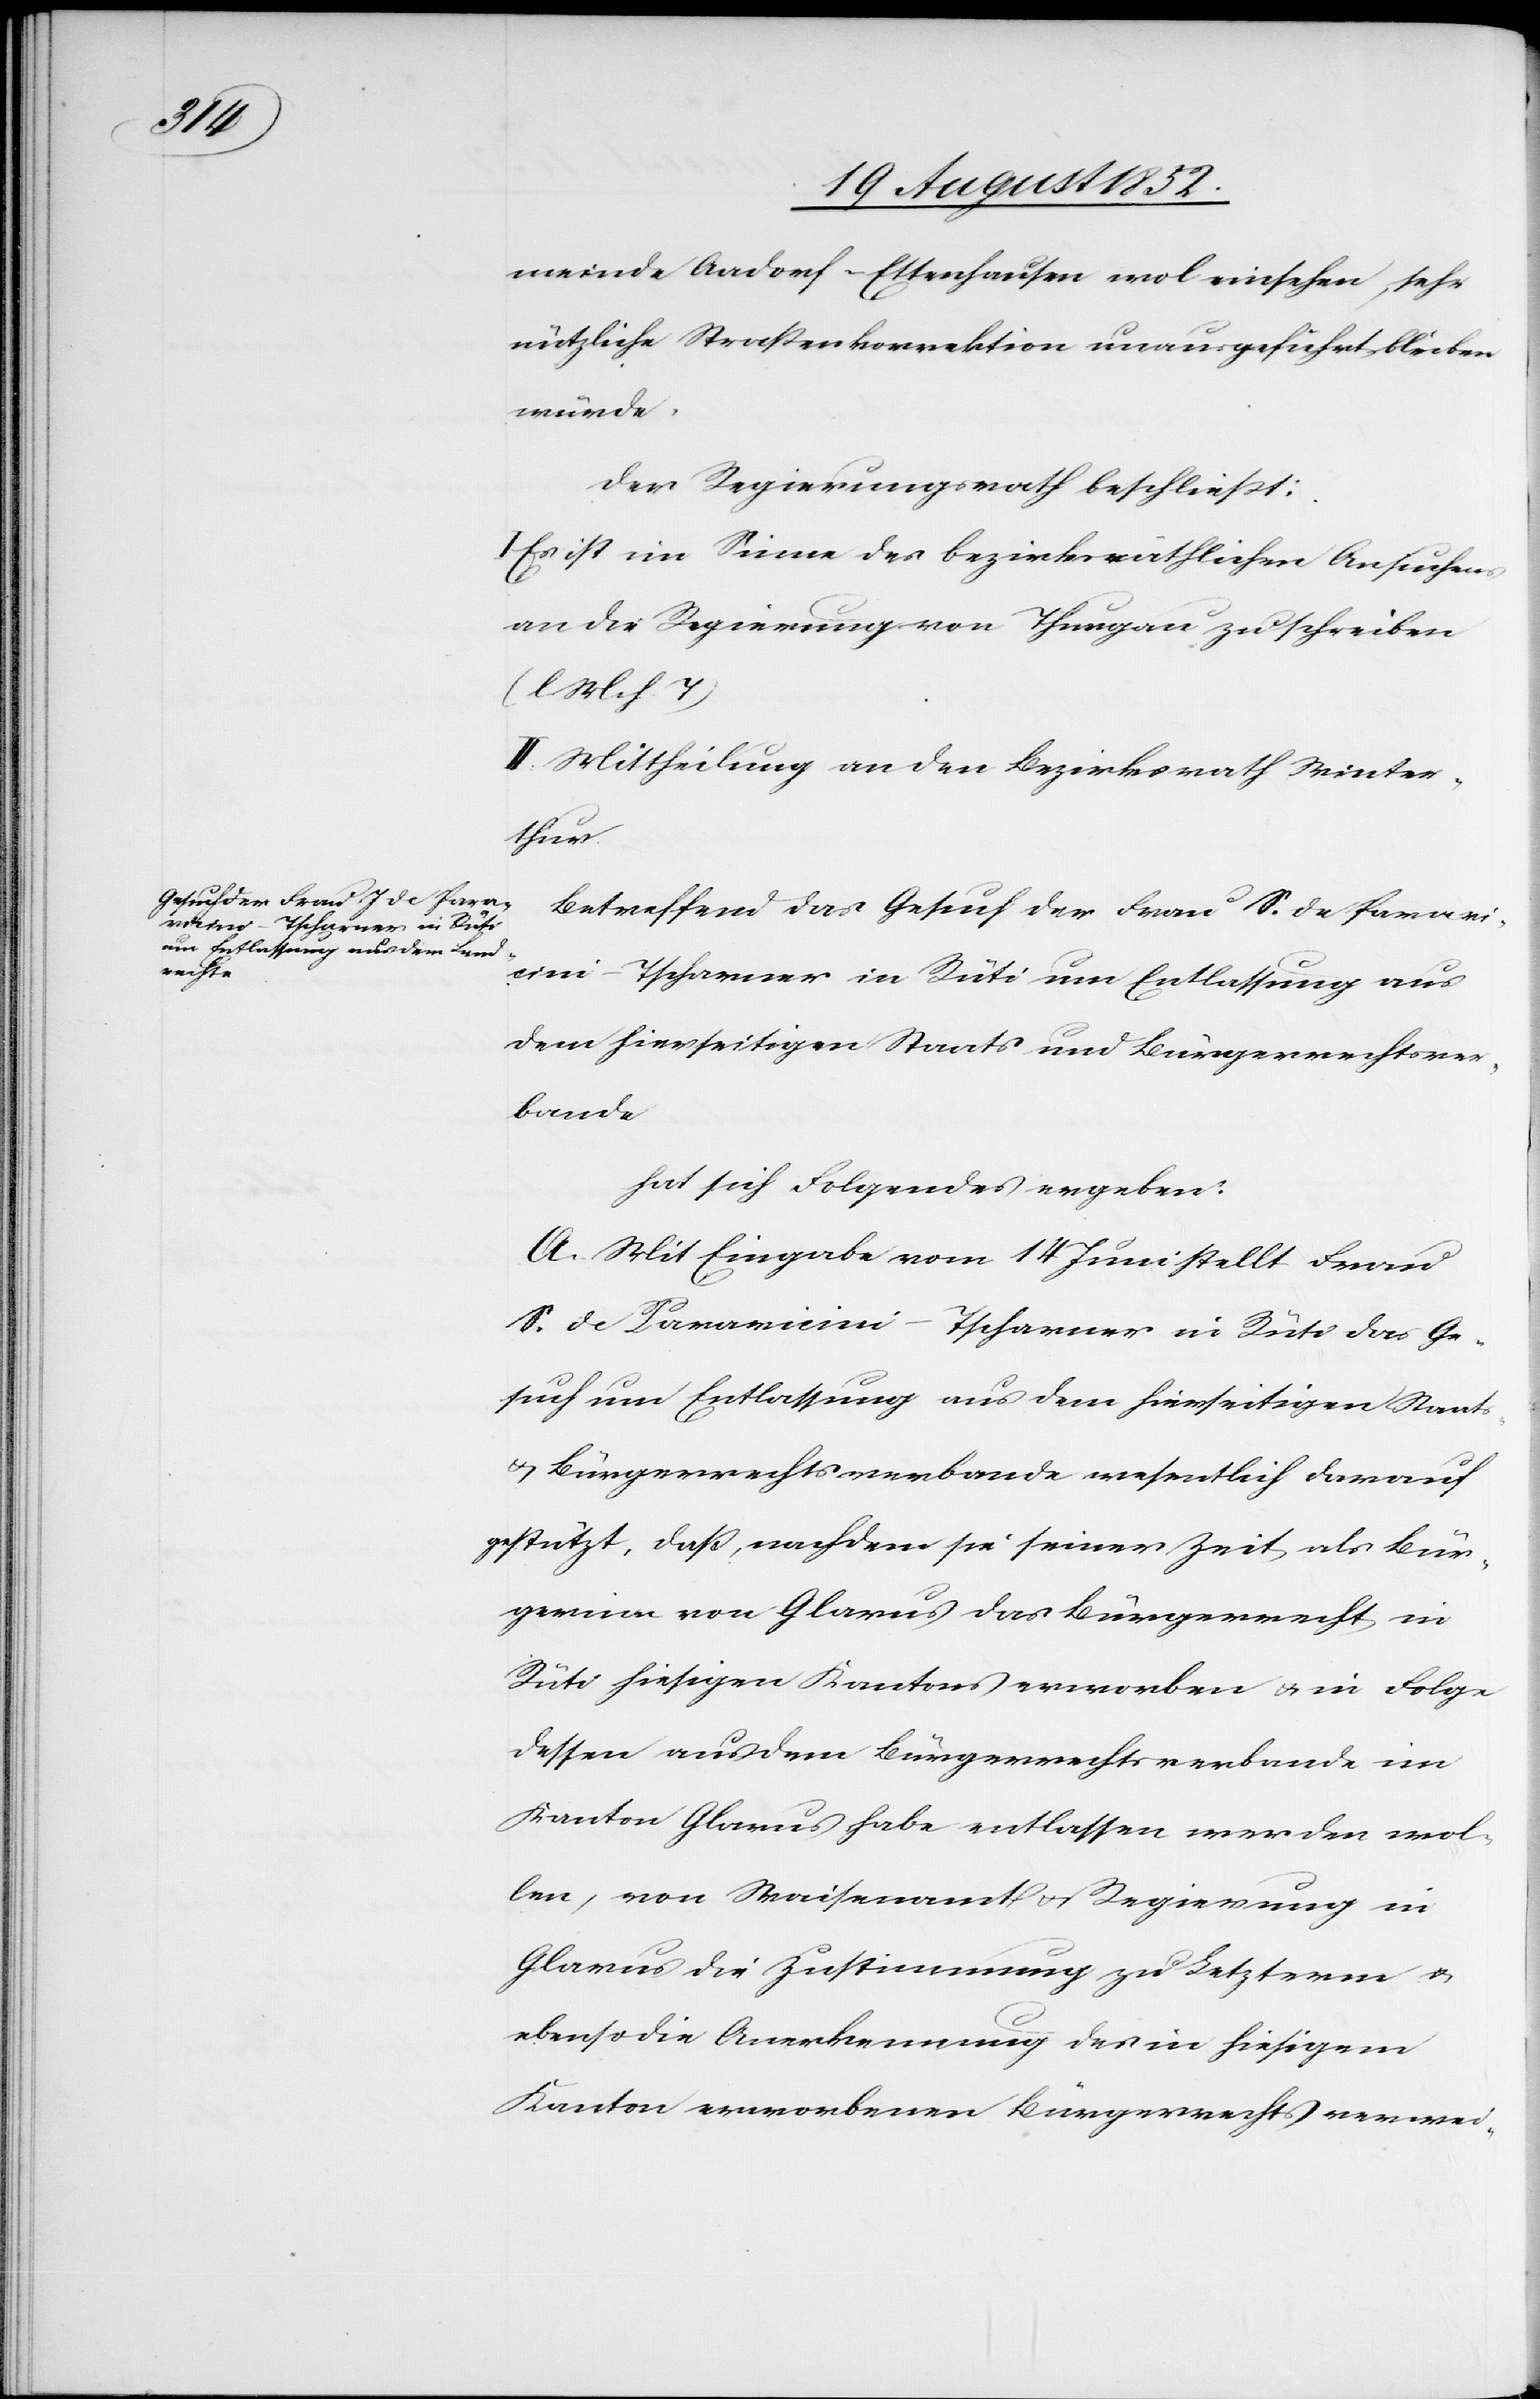
meinde Aadorf-Ettenhausen wo[h]l einsehen, sehr
nützliche Straßenkorrektion unausgeführt bleiben
würde.
Der Regierungsrath beschließt:
Es ist im Sinne des bezirksräthlichen Ansuchens
an die Regierung von Thurgau zu schreiben
(l. M. h. T)
II. Mittheilung an den Bezirksrath Winter¬
thur.
Betreffend das Gesuch der Frau S. de Paravi¬
cini-Tscharner in Rüti um Entlassung aus
dem hierseitigen Staats[-] und Bürgerrechtsver¬
bande
hat sich Folgendes ergeben:
A. Mit Eingabe vom 14 Juni stellt Frau
S. de Paravicini-Tscharner in Rüti das Ge¬
such um Entlassung aus dem hierseitigen Staats-
& Bürgerrechtsverbande wesentlich darauf
gestützt, daß, nachdem sie seiner Zeit als Bür¬
gerinn von Glarus das Bürgerrecht in
Rüti hiesigen Kantons erworben & in Folge
dessen aus dem Bürgerrechtsverbande im
Kanton Glarus habe entlassen werden wol¬
len, von Waisenamt & Regierung in
Glarus die Zustimmung zu Letzterm &
ebenso die Anerkennung des in hiesigem
Kanton erworbenen Bürgerrechts verwei-